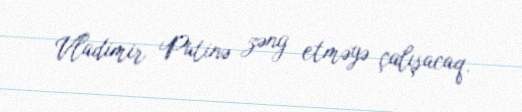
Vladimir Putinə zəng etməyə çalışacaq.